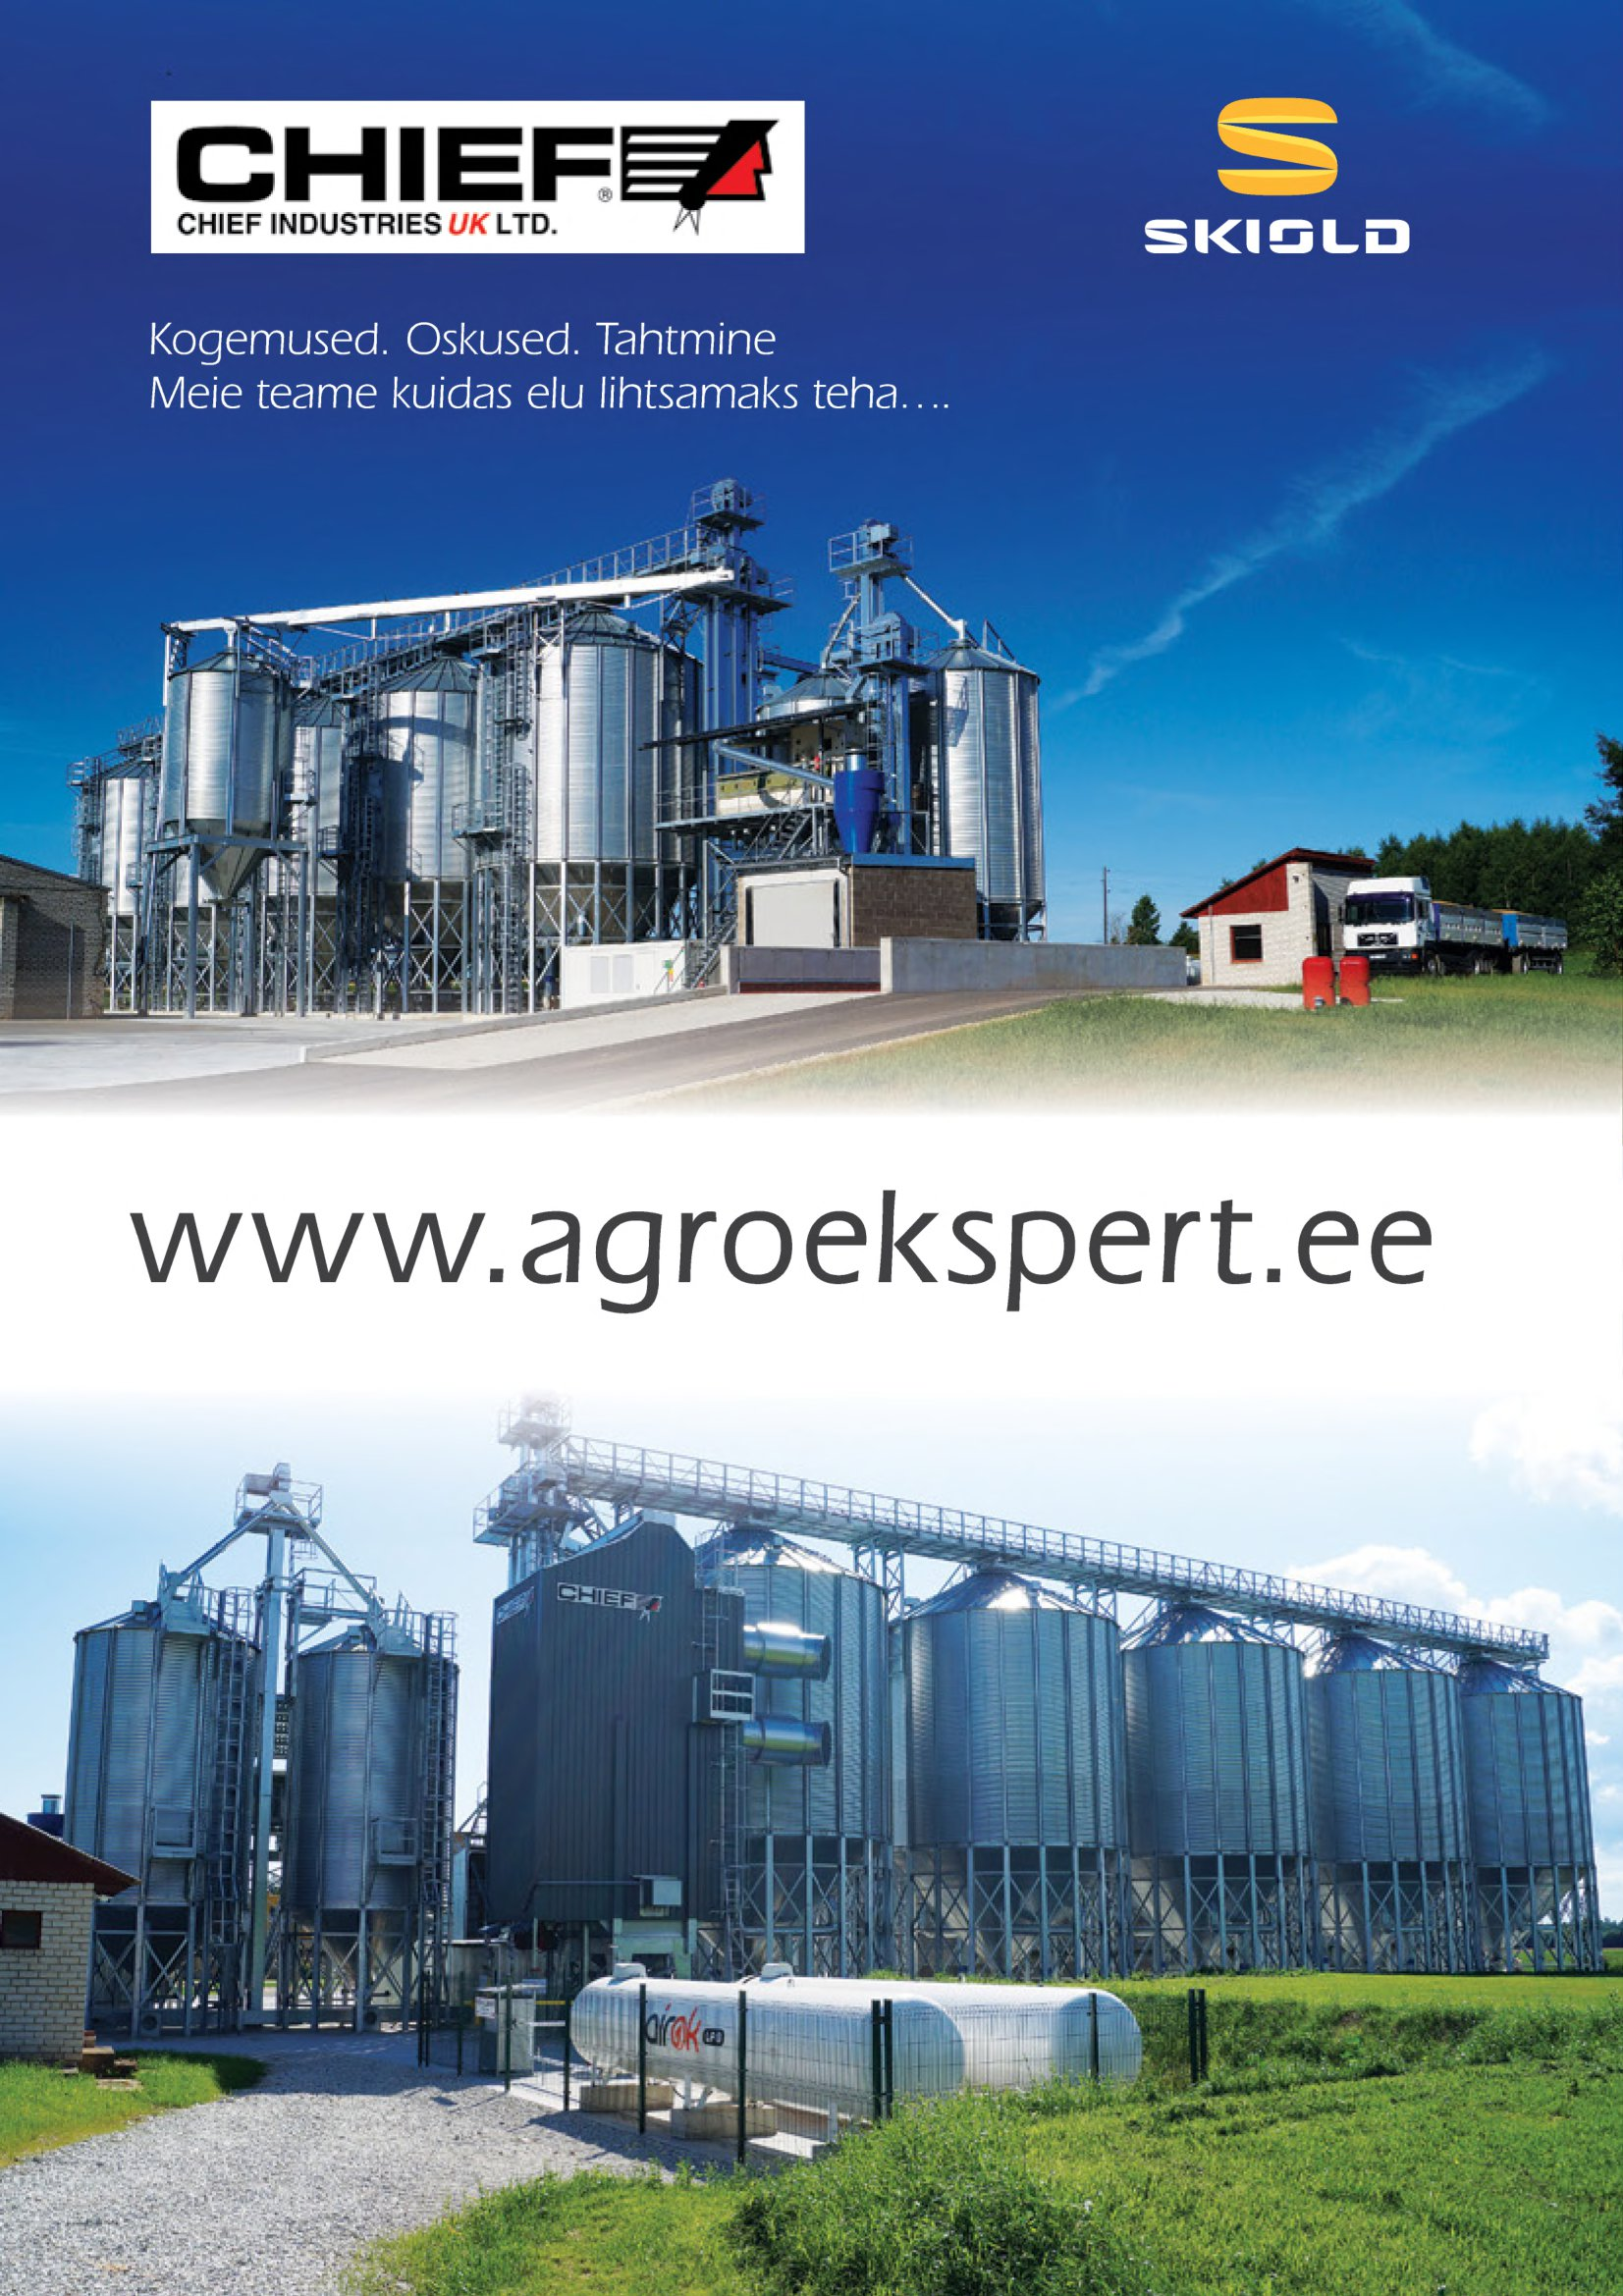
Language: et